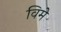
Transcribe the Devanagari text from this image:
विमे